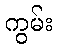
ကွမ်း